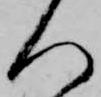
人